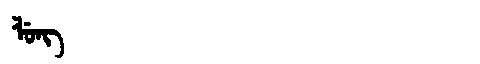
Manchu: ᠯᡠᠩ
Romanization: LUNG